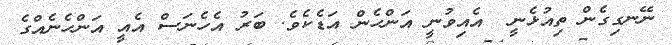
ނޭނގިގެން ތިއުޅެނީ  އެއިވުނީ އަންހެން އަޑެކެވެ. ބަރު އެހެނަސް އެއީ އަންހެނެއްގެ